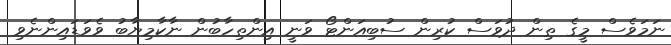
ނަމަވެސް މީގެ ތިން ދުވަސް ކުރިން ސުބިއަންޓޯ ވަނީ އިންތިހާބުން ނާކާމިޔާބު ވެވަޑައިންނެވި